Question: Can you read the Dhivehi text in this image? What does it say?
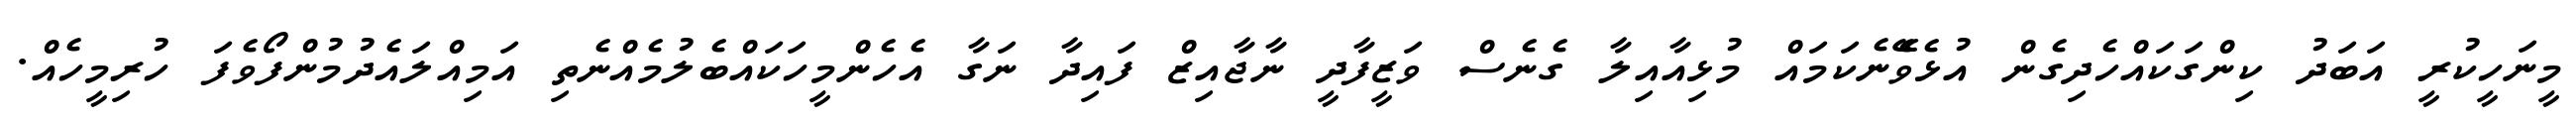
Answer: މީނަހީކުރީ އަބަދު ކިންގަކައްހެދިގެން އުޅެވެޭނެކަމައް މުޅިއާއިލާ ގެނެސް ވަޒީފާދީ ނާޖާއިޒް ފައިދާ ނަގާ އެހެންމީހަކައްބެލުމެއްނެތި އަމިއްލައެދުމުންފޯވެފަ ހުރިމީހެއް.